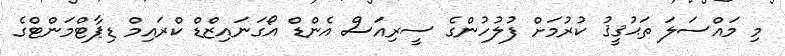
މި މައްސަލަ ތަޙުޤީޤު ކުރުމަށް ފުލުހުންގެ ސީރިއަސް އެންޑް އޯގަނައިޒްޑް ކްރައިމް ޑިޕާޓްމަންޓްގެ